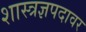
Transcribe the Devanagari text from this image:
शास्त्रज्ञपदावर